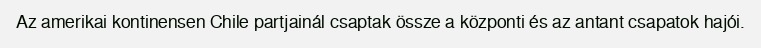
Az amerikai kontinensen Chile partjainál csaptak össze a központi és az antant csapatok hajói.